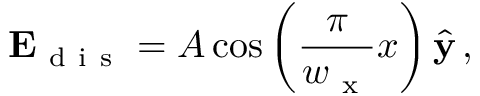
\mathbf { E } _ { \mathrm { ~ d ~ i ~ s ~ } } = A \cos \left( \frac { \pi } { w _ { \mathrm { ~ x ~ } } } x \right) \hat { \mathbf { y } } \, ,